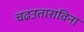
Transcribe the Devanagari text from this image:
चढउताराविना